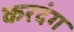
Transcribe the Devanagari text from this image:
करदंग